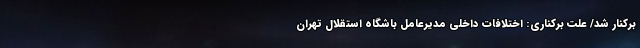
برکنار شد/ علت برکناری: اختلافات داخلی مدیرعامل باشگاه استقلال تهران